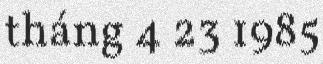
tháng 4 23 1985